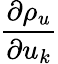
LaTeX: \frac{\partial\rho_{u}}{\partial u_{k}}